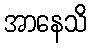
အာနေသိ